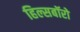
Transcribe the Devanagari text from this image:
हिल्सबॉरो